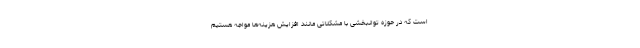
است که در حوزه توانبخشی با مشکلاتی مانند افزایش هزینه‌ها مواجه هستیم